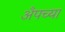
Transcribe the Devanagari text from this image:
अँपच्या